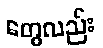
တွေလည်း